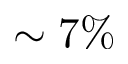
\sim 7 \%